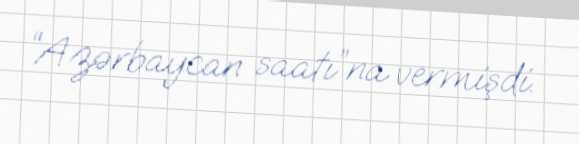
“Azərbaycan saatı”na vermişdi.